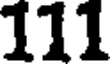
111